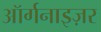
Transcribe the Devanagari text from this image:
ऑर्गनाइज़र